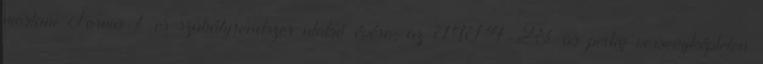
mostani Forma-1-es szabályrendszer utolsó évére, az MP4-28-as pedig versenyképtelen